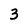
Character: 3